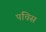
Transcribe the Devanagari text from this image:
पचिस